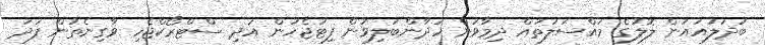
ބަދަލުއައުން ލޮލުގެ މައްސަލަތައް ދިމާވުން ހަދާންބަލިވުން ފިޓުޖެހުން އަދި ސްޓްރޯކްޖެހި ވާގިނެތުން ފަދަ